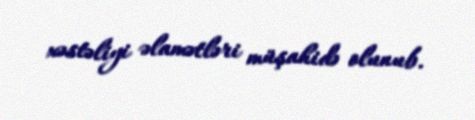
xəstəliyi əlamətləri müşahidə olunub.